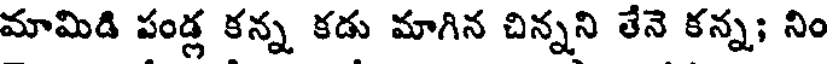
మామిడి పండ్ల కన్న కడు మాగిన చిన్నని తేనె కన్న; నిం